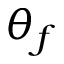
\theta _ { f }